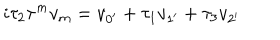
i \tau _ { 2 } \tau ^ { m } v _ { m } = v _ { 0 ^ { \prime } } + \tau _ { 1 } v _ { 1 ^ { \prime } } + \tau _ { 3 } v _ { 2 ^ { \prime } }